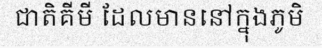
ជាតិគីមី ដែលមាននៅក្នុងភូមិ